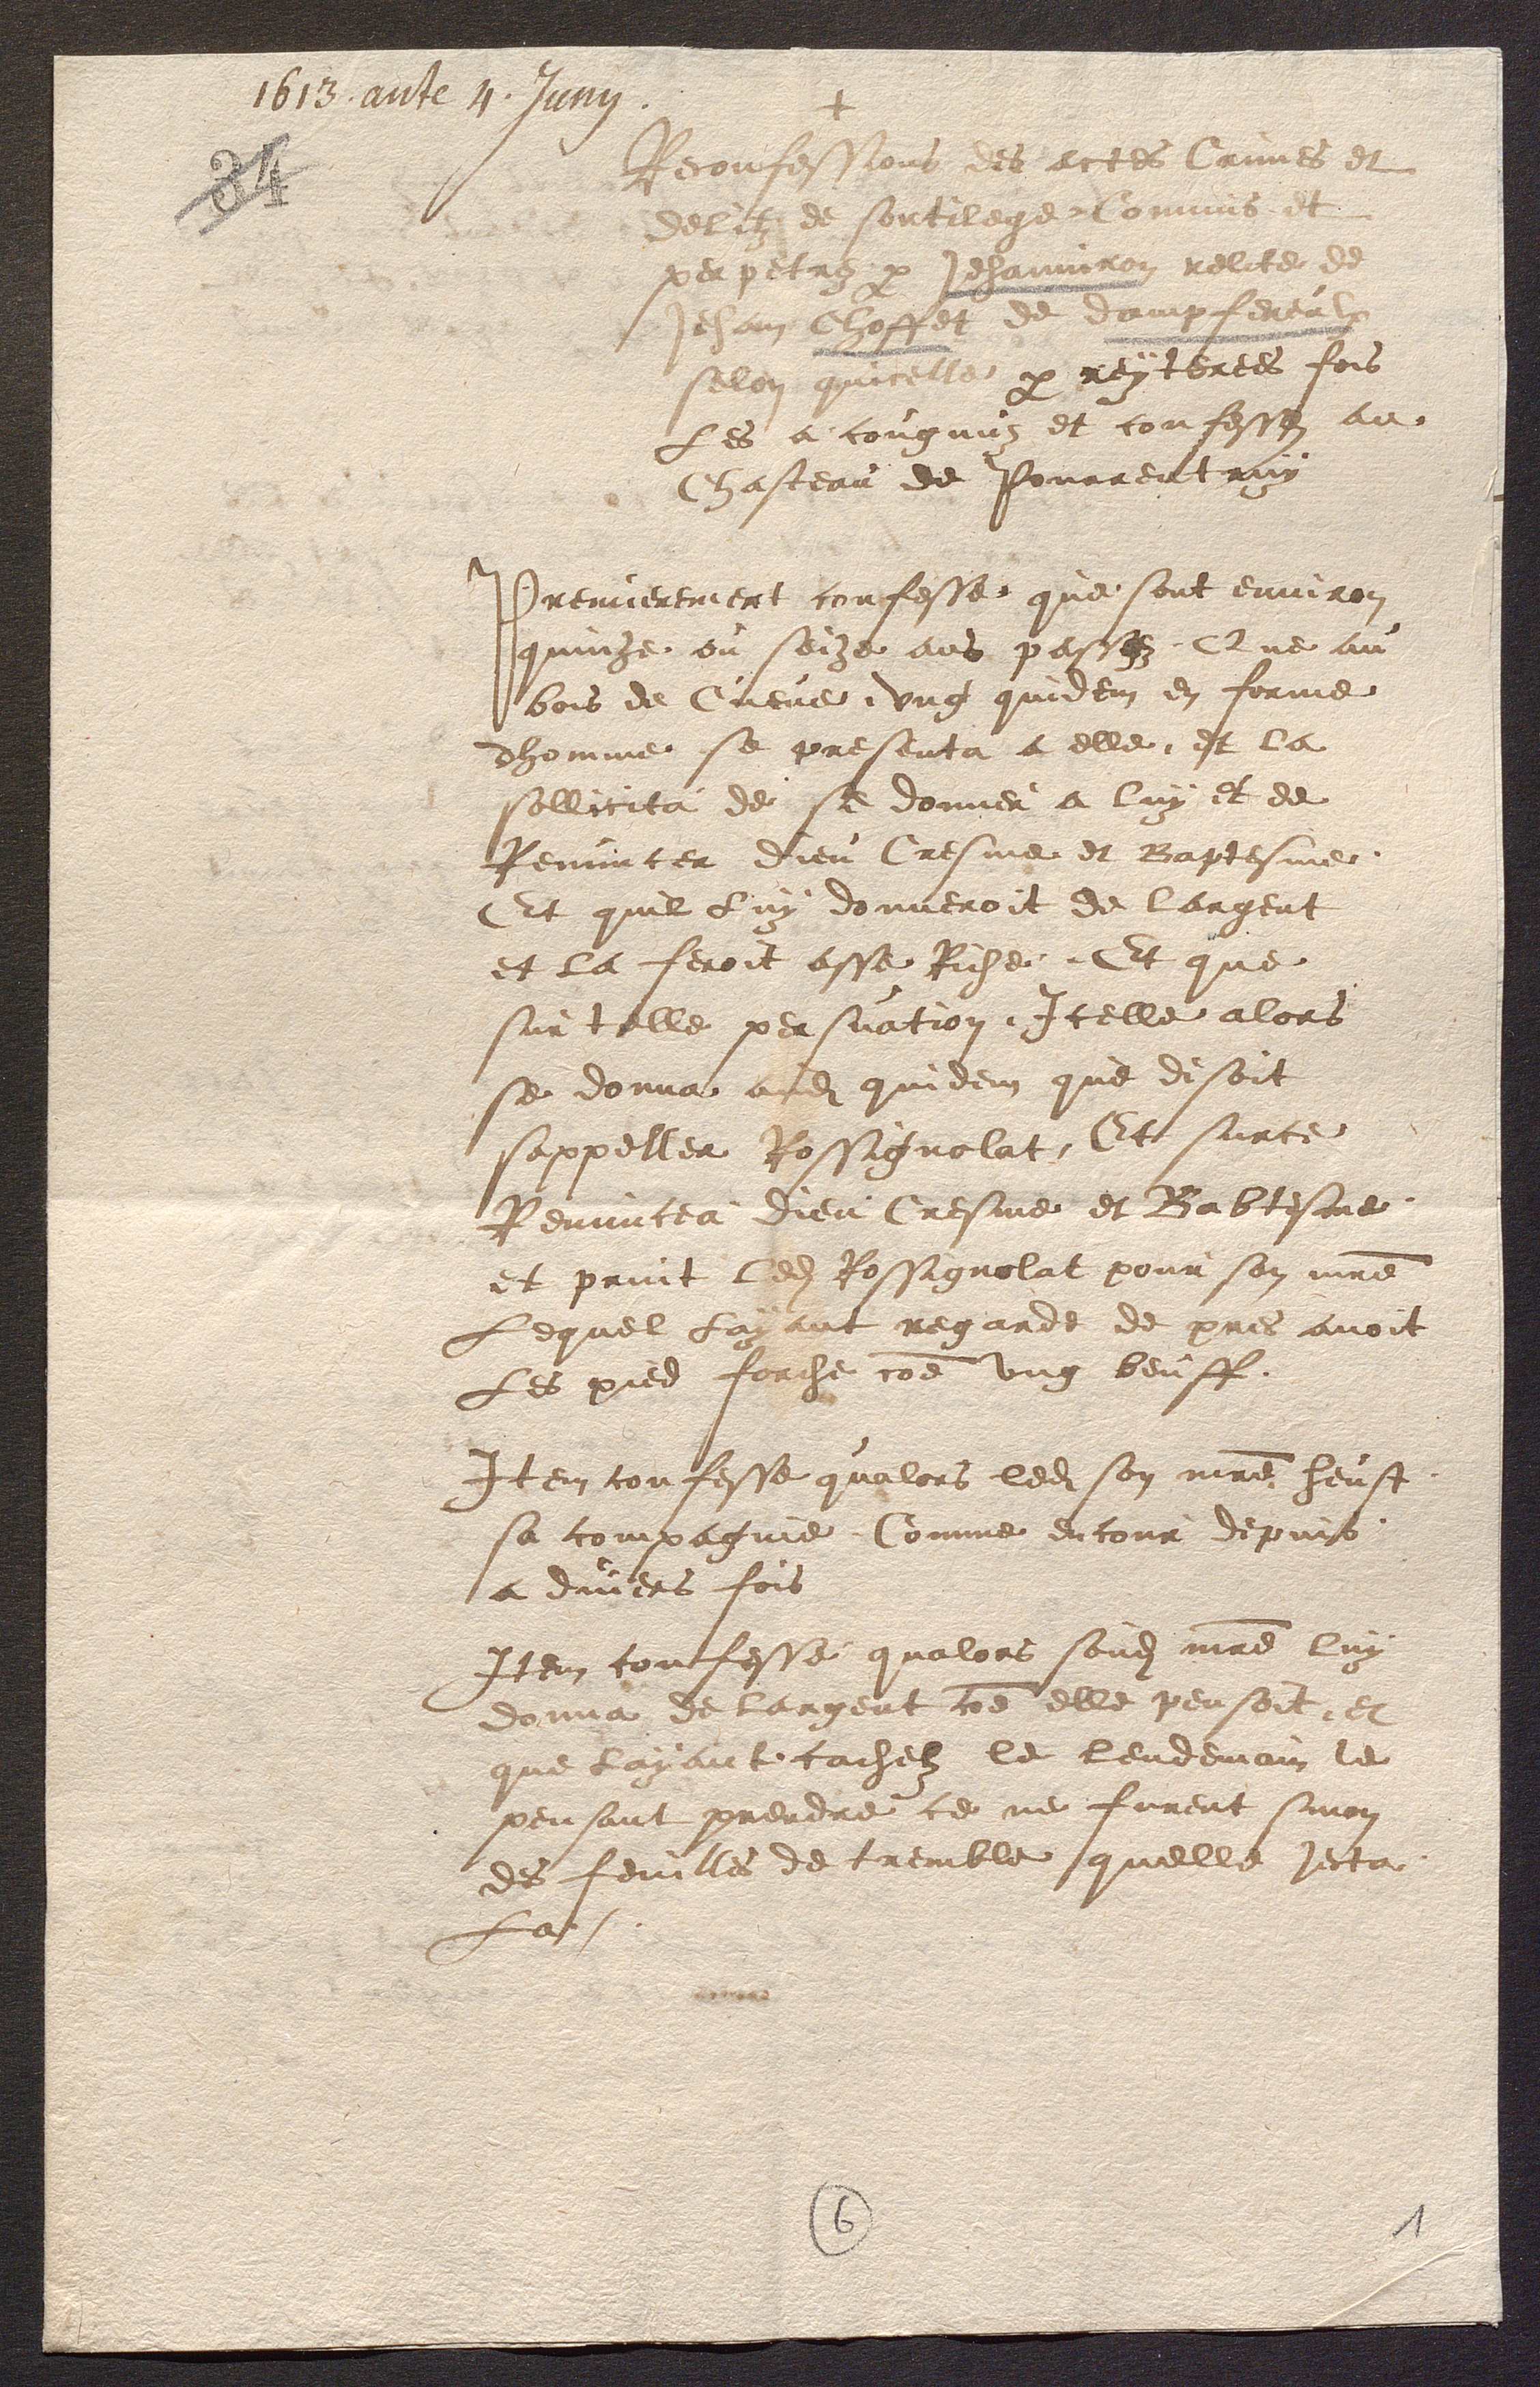
+
Reconfessions les actes Crimes et
debiez de sortieget ouvoir et
perpetre par Jehannie relterte
Jehan Choffol de Dampfereal
silon quicelle par reyterees fois
Les a congnus et confesses au
Chasteau de Pourrentruy
Premierement confesse que sont environ
quinze ou soize ans passez Que au
bois de Creve ung quidem en forme
dhomme se presenta a elle et la
sollicita de se donner a luy et de
Renuncer dieu Cresme et Baptesme
Et quil luy donneroit de largent
et la feroit asse Riche. Et que
sur telle persuation Icelle alors
se donna asdits quidem que disoit
sappeller Rossignolat Et surce
Renuncea dieu Cresme et Babtesme
et print ledit Rossignolat pour son maitre
Lequel Layant regarde de pres avoit
Les pied forche comme ung beuff
Item confesse qualors ledit son maitre heust
sa compagnie Comme encour depuis
a divers fois
Item confesse qualors sondit maitre luy
donna de largent comme elle pensoit, et
que layant cachelz le lendemain le
pensant prendre ce ne furent sinon
des feuilles de tremble quelle jecta
La